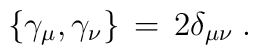
\{\gamma_{\mu},\gamma_{\nu}\}\,=\,2\delta_{\mu\nu} \;.